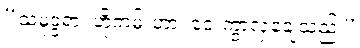
“သမုဒ္ဒရာ၊ ဟိုကမ်းဟာ၊ ဝေးကွာလှချေသည်၊”